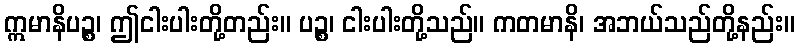
ဣမာနိပဉ္စ၊ ဤငါးပါးတို့တည်း။ ပဉ္စ၊ ငါးပါးတို့သည်။ ကတမာနိ၊ အဘယ်သည်တို့နည်း။